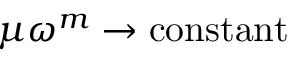
\mu \omega ^ { m } \rightarrow \mathrm { c o n s t a n t }